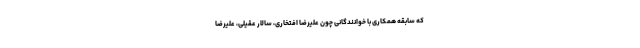
که سابقه همکاری با خوانندگانی چون علیرضا افتخاری، سالار عقیلی، علیرضا